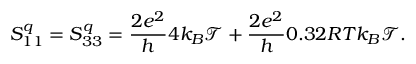
S _ { 1 1 } ^ { q } = S _ { 3 3 } ^ { q } = \frac { 2 e ^ { 2 } } { h } 4 k _ { B } \mathcal { T } + \frac { 2 e ^ { 2 } } { h } 0 . 3 2 R T k _ { B } \mathcal { T } .